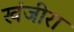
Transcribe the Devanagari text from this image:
खंजीरा